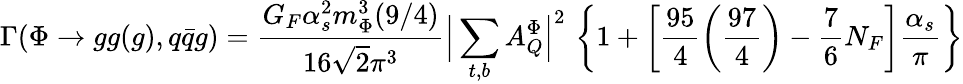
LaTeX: \Gamma(\Phi\to gg(g),q{\bar{q}}g)=\frac{G_{F}\alpha_{s}^{2}m_{\Phi}^{3}(9/4)}{16\sqrt{2}\pi^{3}}\Big|\sum_{t,b}A_{Q}^{\Phi}\Big|^{2}\, \left\{ 1+\left[\frac{95}{4}\left(\frac{97}{4}\right)-\frac{7}{6}N_{F}\right]\frac{\alpha_{s}}{\pi}\right\}